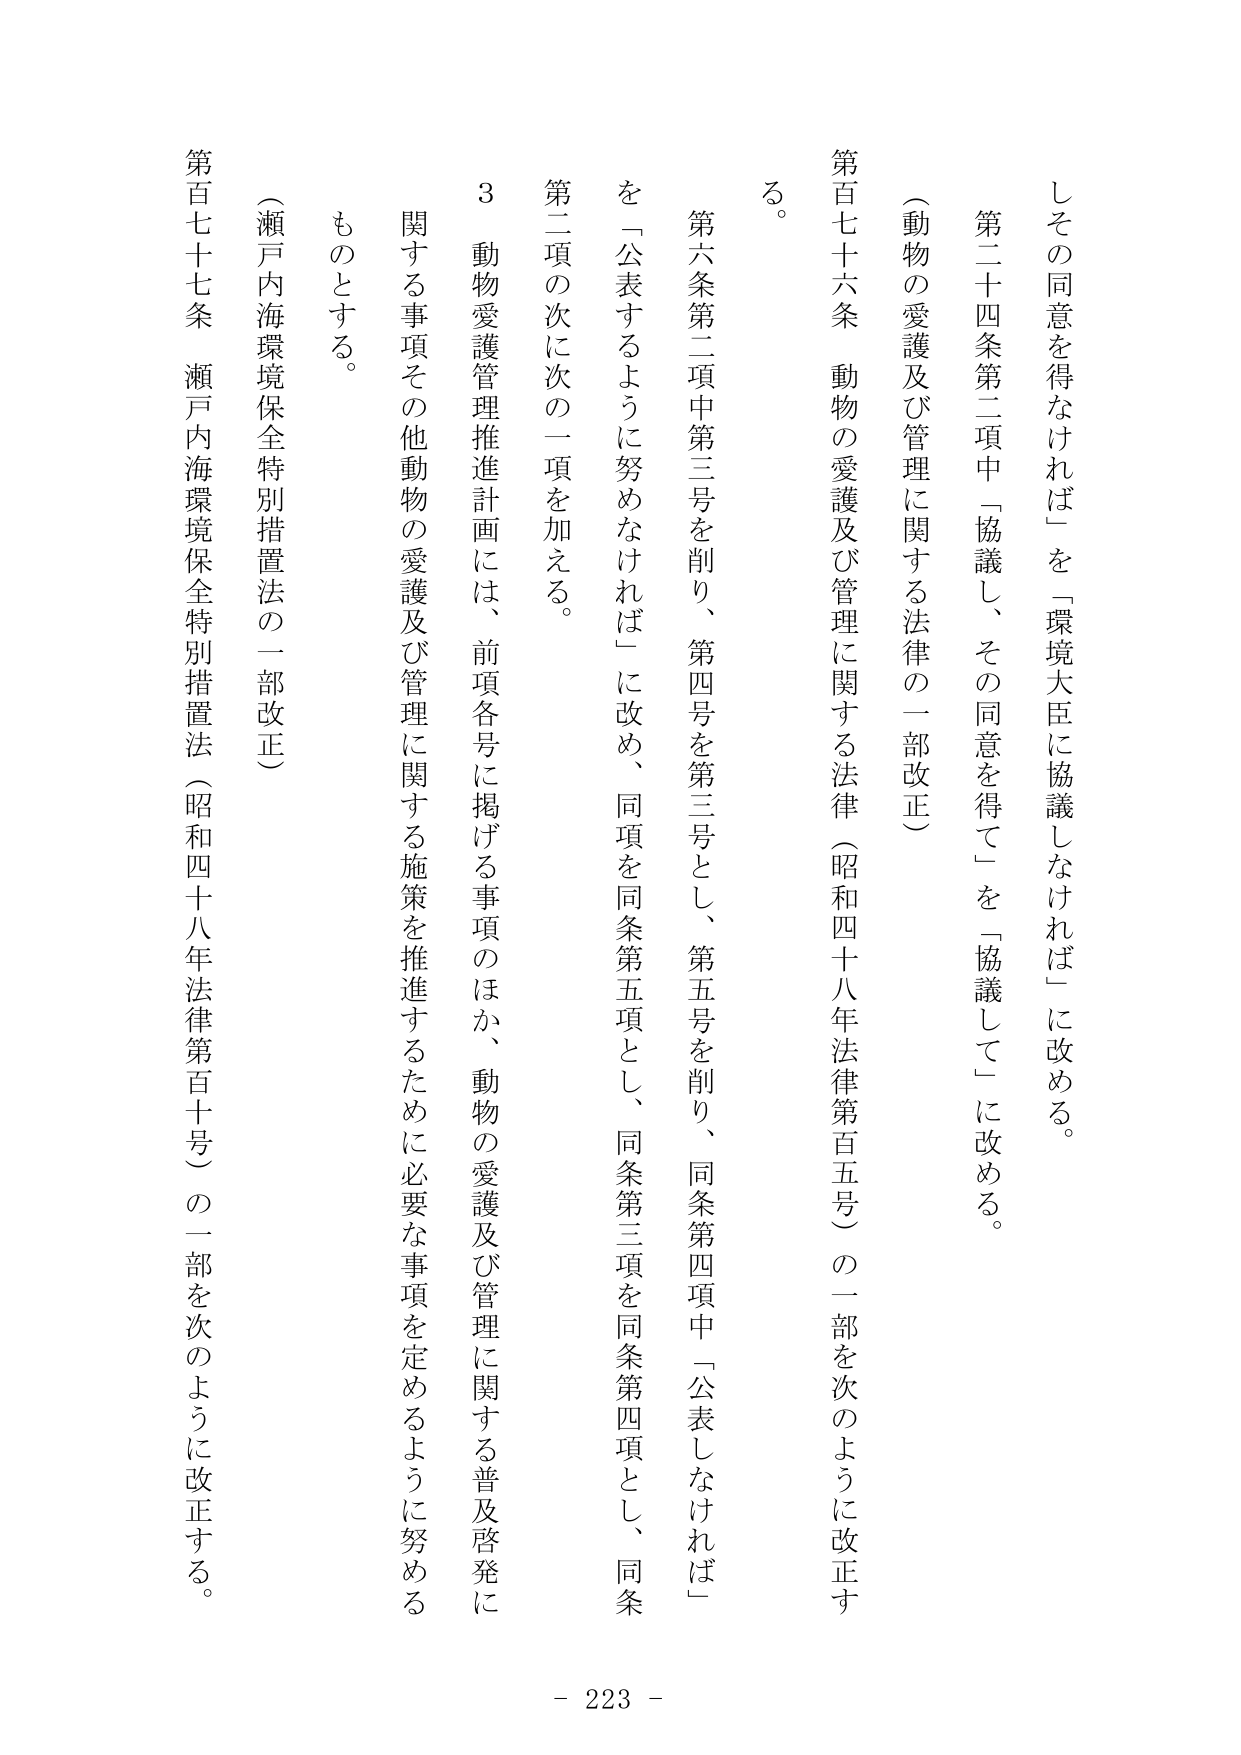
しその同意を得なければ」を「環境大臣に協議しなければ」に改める。

第二十四条第二項中「協議し、その同意を得て」を「協議して」に改める。

（動物の愛護及び管理に関する法律の一部改正）

第百七十六条　動物の愛護及び管理に関する法律（昭和四十八年法律第百五号）の一部を次のように改正する。

第六条第二項中第三号を削り、第四号を第三号とし、第五号を削り、同条第四項中「公表しなければ」を「公表するように努めなければ」に改め、同項を同条第五項とし、同条第三項を同条第四項とし、同条第二項の次に次の一項を加える。

３　動物愛護管理推進計画には、前項各号に掲げる事項のほか、動物の愛護及び管理に関する普及啓発に関する事項その他動物の愛護及び管理に関する施策を推進するために必要な事項を定めるように努めるものとする。

（瀬戸内海環境保全特別措置法の一部改正）

第百七十七条　瀬戸内海環境保全特別措置法（昭和四十八年法律第百十号）の一部を次のように改正する。

- 223 -